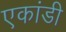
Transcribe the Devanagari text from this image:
एकांडी